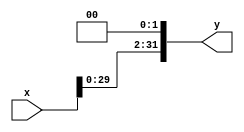
module sl2
	#(parameter WIDTH=32) (
	input [WIDTH-1:0] x,
	output [WIDTH-1:0] y
	);

	assign y = {x[WIDTH-3:0],2'b00};
endmodule